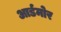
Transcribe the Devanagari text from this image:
आर्डमोर